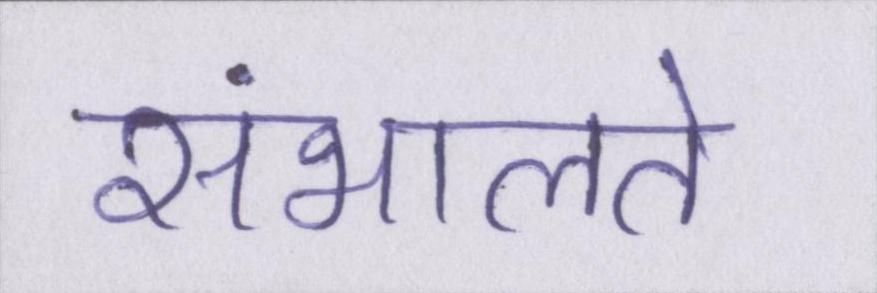
संभालते